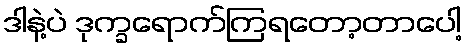
ဒါနဲ့ပဲ ဒုက္ခရောက်ကြရတော့တာပေါ့